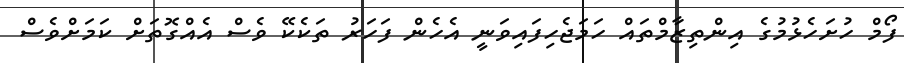
ފޯމް ހުށަހެޅުމުގެ އިންތިޒާމްތައް ހަމަޖެހިފައިވަނީ އެހެން ފަހަރު ތަކެކޭ ވެސް އެއްގޮތަށް ކަމަށްވެސް